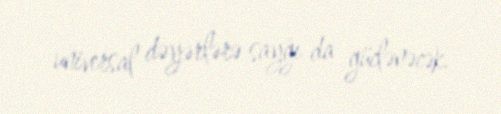
universal dəyərlərə sayğı da güclənəcək.